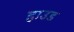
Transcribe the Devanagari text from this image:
हाउड